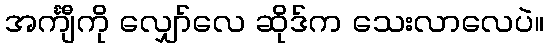
အင်္ကျီကို လျှော်လေ ဆိုဒ်က သေးလာလေပဲ။